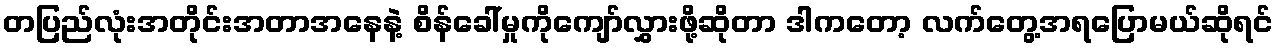
တပြည်လုံးအတိုင်းအတာအနေနဲ့ စိန်ခေါ်မှုကိုကျော်လွှားဖို့ဆိုတာ ဒါကတော့ လက်တွေ့အရပြောမယ်ဆိုရင်